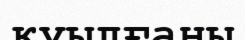
қуылғаны